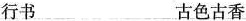
行书 古色古香